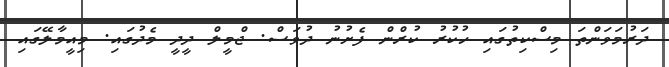
ދަރުމަވަންތަ މިސްކިތުގައި ހުކުރު ކުރްން ފެށުނު ދުވަސް. ޖްމީލް ދީދީ މެދުގައި. މިއީމާލޭގައި